Annual administration report of the Civil Veterinary Department, Sind - 1939-1940
Year: 1939
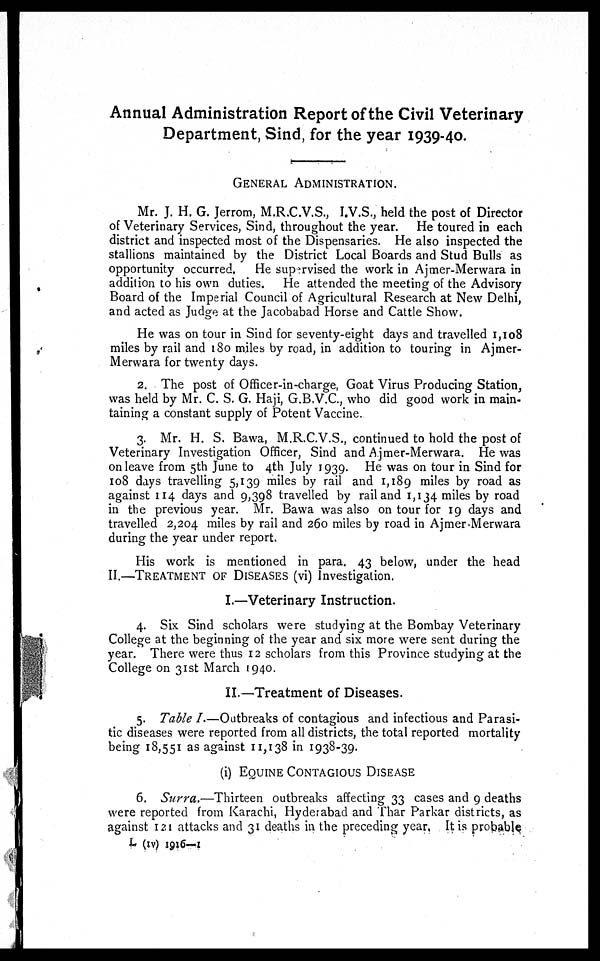
Annual Administration Report of the Civil Veterinary
Department, Sind, for the year 1939-40.
GENERAL ADMINISTRATION.
Mr. J. H. G. Jerrom, M.R.C.V.S., I.V.S., held the post of Director
of Veterinary Services, Sind, throughout the year. He toured in each
district and inspected most of the Dispensaries. He also inspected the
stallions maintained by the District Local Boards and Stud Bulls as
opportunity occurred.
He supervised the work in Ajmer-Merwara in
addition to his own duties. He attended the meeting of the Advisory
Board of the Imperial Council of Agricultural Research at New Delhi,
and acted as Judge at the Jacobabad Horse and Cattle Show.
He was on tour in Sind for seventy-eight days and travelled 1,108
miles by rail and 180 miles by road, in addition to touring in Ajmer-
Merwara for twenty days.
2. The post of Officer-in-charge, Goat Virus Producing Station,
was held by Mr. C. S. G. Haji, G.B.V.C., who did good work in main-
taining a constant supply of Potent Vaccine.
3. Mr. H. S. Bawa, M.R.C.V.S., continued to hold the post of
Veterinary Investigation Officer, Sind and Ajmer-Merwara. He was
on leave from 5th June to 4th July 1939. He was on tour in Sind for
108 days travelling 5,139 miles by rail and 1,189 miles by road as
against 114 days and 9,398 travelled by rail and 1,134 miles by road
in the previous year. Mr. Bawa was also on tour for 19 days and
travelled 2,204 miles by rail and 260 miles by road in Ajmer-Merwara
during the year under report.
His work is mentioned in para. 43 below, under the head
II.—TREATMENT OF DISEASES (vi) Investigation.
I.—Veterinary Instruction.
4. Six Sind scholars were studying at the Bombay Veterinary
College at the beginning of the year and six more were sent during the
year. There were thus 12 scholars from this Province studying at the
College on 31st March 1940.
II.—Treatment of Diseases.
5. Table I.—Outbreaks of contagious and infectious and Parasi-
tic diseases were reported from all districts, the total reported mortality
being 18,551 as against 11,138 in 1938-39.
(i) EQUINE CONTAGIOUS DISEASE
6. Surra,—Thirteen
outbreaks affecting 33 cases and 9 deaths
were reported from Karachi, Hyderabad and Thar Parkar districts, as
against 121 attacks and 31 deaths in the preceding year. It is probable
L (IV) 1916—1